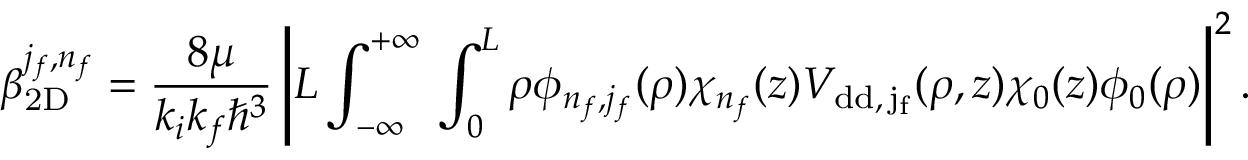
\beta _ { \mathrm { 2 D } } ^ { j _ { f } , n _ { f } } = \frac { 8 \mu } { k _ { i } k _ { f } \hbar ^ { 3 } } \left\vert L \int _ { - \infty } ^ { + \infty } \d z \int _ { 0 } ^ { L } \d \rho \phi _ { n _ { f } , j _ { f } } ( \rho ) \chi _ { n _ { f } } ( z ) V _ { \mathrm { { d d } , \, j _ { f } } } ( \rho , z ) \chi _ { 0 } ( z ) \phi _ { 0 } ( \rho ) \right\vert ^ { 2 } .